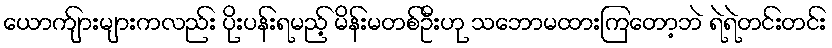
ယောက်ျားများကလည်း ပိုးပန်းရမည့် မိန်းမတစ်ဦးဟု သဘောမထားကြတော့ဘဲ ရဲရဲတင်းတင်း